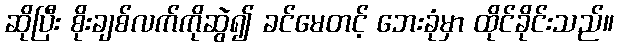
ဆိုပြီး စိုးချစ်လက်ကိုဆွဲ၍ ခင်မေတင့် ဘေးခုံမှာ ထိုင်ခိုင်းသည်။